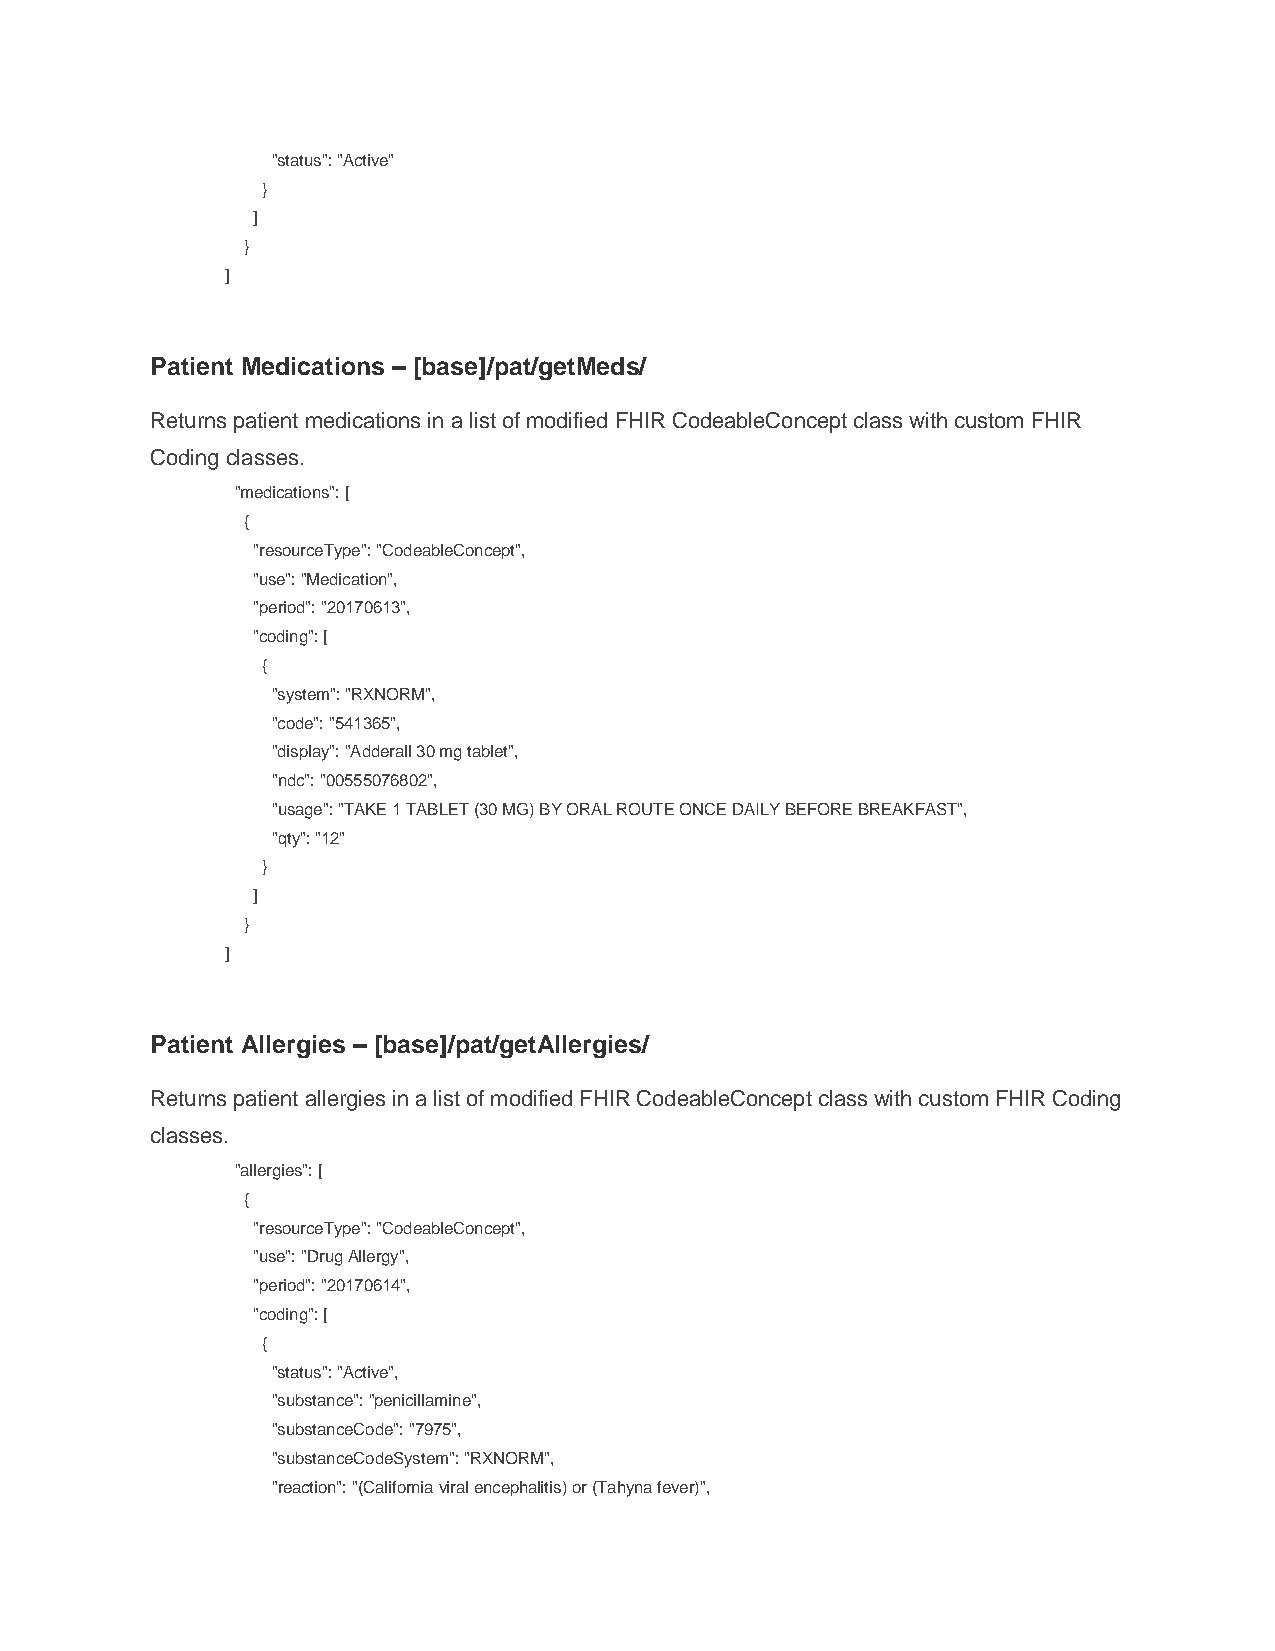
"status": "Active"
 }
 ]
 }
 ]
 Patient Medications – [base]/pat/getMeds/
 Returns patient medications in a list of modified FHIR CodeableConcept class with custom FHIR
 Coding classes.
 "medications": [
 {
 "resourceType": "CodeableConcept",
 "use": "Medication",
 "period": "20170613",
 "coding": [
 {
 "system": "RXNORM",
 "code": "541365",
 "display": "Adderall 30 mg tablet",
 "ndc": "00555076802",
 "usage": "TAKE 1 TABLET (30 MG) BY ORAL ROUTE ONCE DAILY BEFORE BREAKFAST",
 "qty": "12"
 }
 ]
 }
 ]
 Patient Allergies – [base]/pat/getAllergies/
 Returns patient allergies in a list of modified FHIR CodeableConcept class with custom FHIR Coding
 classes.
 "allergies": [
 {
 "resourceType": "CodeableConcept",
 "use": "Drug Allergy",
 "period": "20170614",
 "coding": [
 {
 "status": "Active",
 "substance": "penicillamine",
 "substanceCode": "7975",
 "substanceCodeSystem": "RXNORM",
 "reaction": "(California viral encephalitis) or (Tahyna fever)",